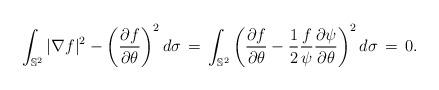
LaTeX: \begin{align*}\int_{\mathbb{S}^{2}}|\nabla f|^{2}-\left(\frac{\partial f}{\partial \theta}\right)^{2}d\sigma\,=\,\int_{\mathbb{S}^{2}}\left(\frac{\partial f}{\partial \theta}-\frac{1}{2}\frac{f}{\psi}\frac{\partial \psi}{\partial \theta}\right)^{2}d\sigma\,=\,0.\end{align*}